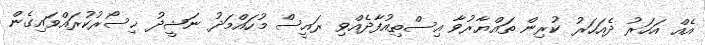
އެއް އަހަރު ދެއަހަރު ކުރިން ތައްޔާރުވާ އިސްތިއުފާދެއްވި ރައީސް މުހައްމަދު ނަޝީދު ޚިސޯރުކުރައްވައިގެން